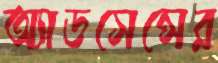
অ্যাডসেন্সের